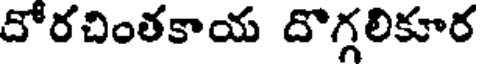
దోరచింతకాయ దొగ్గలికూర